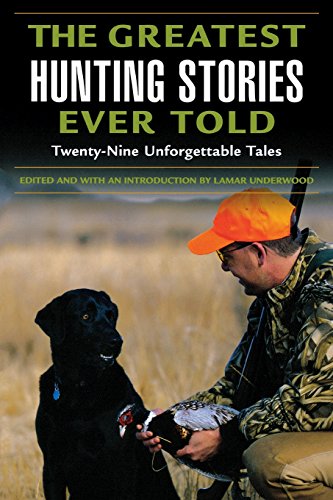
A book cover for Greatest Hunting Stories Ever Told: Twenty-Nine Unforgettable Tales; Sports & Outdoors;